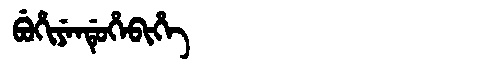
Manchu: ᠪᡠᡥᡳᠶᡝᠨᡩᡠᡥᡝᠪᡳᡥᡝ
Romanization: BUHIYENDUHEBIHE